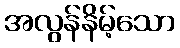
အလွန်နိမ့်သော